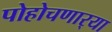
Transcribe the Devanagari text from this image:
पोहोचणार्‍या